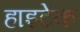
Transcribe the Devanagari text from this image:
हाइटेक